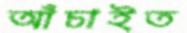
আঁচাইত